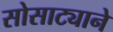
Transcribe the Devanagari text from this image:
सोसाट्याने